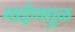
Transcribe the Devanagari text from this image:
माईणमुळ